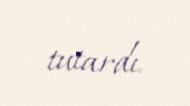
tutardı.